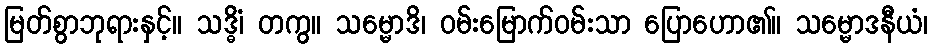
မြတ်စွာဘုရားနှင့်။ သဒ္ဓိံ၊ တကွ။ သမ္မောဒိ၊ ဝမ်းမြောက်ဝမ်းသာ ပြောဟော၏။ သမ္မောဒနီယံ၊